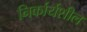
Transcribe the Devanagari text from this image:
निर्कार्यशील